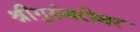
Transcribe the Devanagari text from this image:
श्रीगुरुंंबरोबर